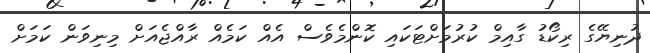
ދުނިޔޭގެ ރިކޯޑު ގާއިމް ކުރުމަށްޓަކައި ކޮންމެވެސް އެއް ކަމެއް ރާއްޖެއަށް މިނިވަން ކަމަށް